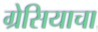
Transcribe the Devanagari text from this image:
ग्रेसियाचा